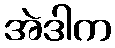
အဲဒါက